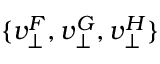
\{ v _ { \bot } ^ { F } , v _ { \bot } ^ { G } , v _ { \bot } ^ { H } \}